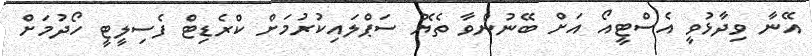
އޭނާ ވިދާޅުވީ އެސްޓީއޯ އަށް ބޭނުންވާ ތެޔޮ ސަޕްލައިކުރުމަށް ކްރެޑިޓް ފެސިލީޓީ ހޯދުމަށް